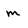
Character: m